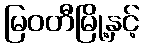
မြဝတီမြို့နှင့်